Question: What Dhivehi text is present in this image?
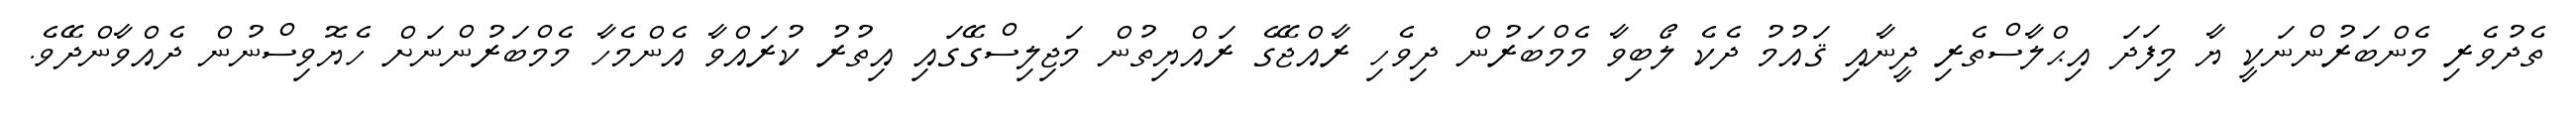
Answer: ތެދުވެރި މެންބަރުންނަކީ ޔާ މިފަދަ އިޙްލާސްތެރި ދީނާއި ޤައުމު ދެކެ ލޯބިވާ މެމްބަރުން ދިވެހި ރާއްޖޭގެ ރައްޔިތުން މަޖިލިސްގޭގައި އިތުރު ކުރައްވާ އެންމެހާ މެމްބަރުންނަށް ހެޔޮވިސްނުން ދެއްވާންދޭވެ.